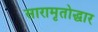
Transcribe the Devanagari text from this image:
सारामृतोद्धार